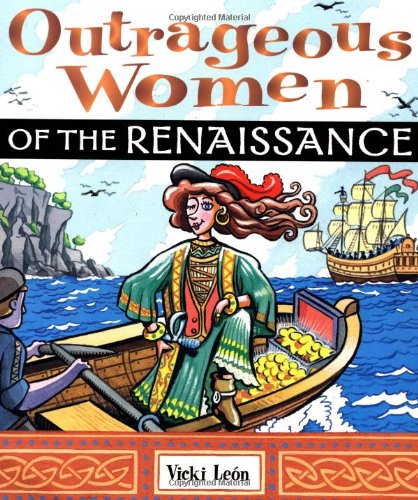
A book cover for Outrageous Women of the Renaissance; Vicki LeÃ³n; Politics & Social Sciences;